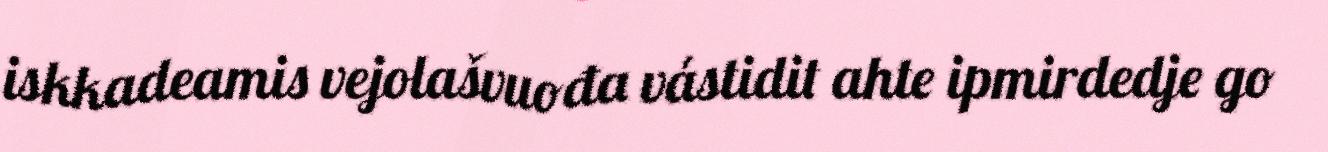
iskkadeamis vejolašvuođa vástidit ahte ipmirdedje go